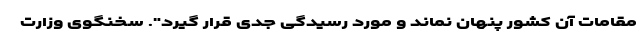
مقامات آن کشور پنهان نماند و مورد رسیدگی جدی قرار گیرد". سخنگوی وزارت